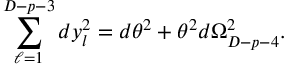
\sum _ { \ell = 1 } ^ { D - p - 3 } d y _ { l } ^ { 2 } = d \theta ^ { 2 } + \theta ^ { 2 } d \Omega _ { D - p - 4 } ^ { 2 } .